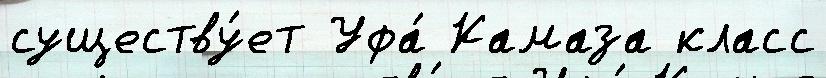
существу́ет Уфа́ Камаза класс